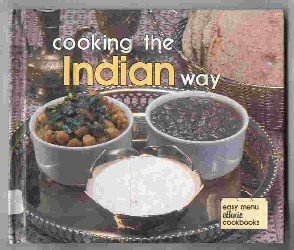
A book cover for Cooking the Indian Way (Easy Menu Ethnic Cookbook); Vijay Madavan; Teen & Young Adult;